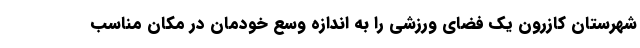
شهرستان کازرون یک فضای ورزشی را به اندازه وُسع خودمان در مکان مناسب